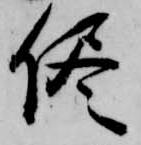
侭